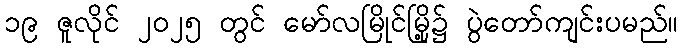
၁၉ ဇူလိုင် ၂၀၂၅ တွင် မော်လမြိုင်မြို့၌ ပွဲတော်ကျင်းပမည်။